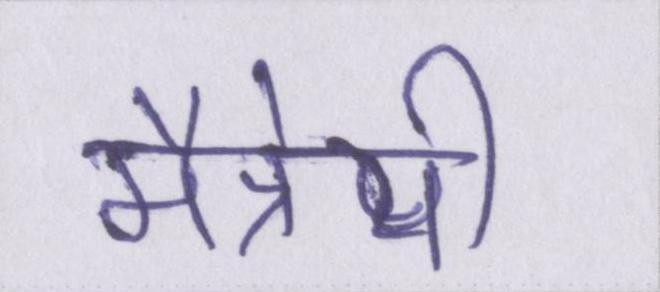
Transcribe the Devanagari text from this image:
मैत्रेयी